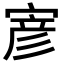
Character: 𭔂